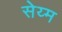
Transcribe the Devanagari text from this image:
सेय्म